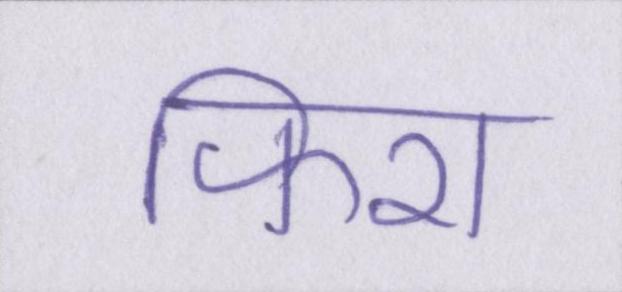
फिरा